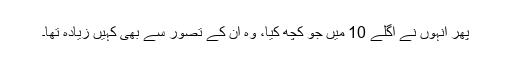
پھر انہوں نے اگلے 10 میں جو کچھ کیا، وہ ان کے تصور سے بھی کہیں زیادہ تھا۔